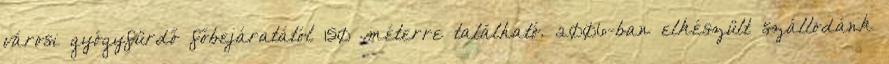
városi gyógyfürdő főbejáratától 150 méterre található. 2006-ban elkészült szállodánk